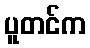
ပူတင်က